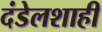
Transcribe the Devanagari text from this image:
दंडेलशाही